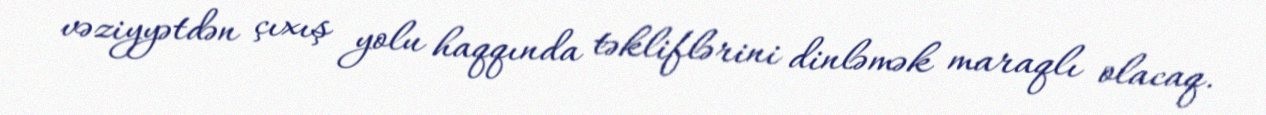
vəziyyətdən çıxış yolu haqqında təkliflərini dinləmək maraqlı olacaq.